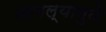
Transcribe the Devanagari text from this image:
तापल्यामुळे